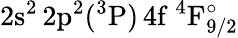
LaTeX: \mathrm{2s^{2}\, 2p^{2}(^{3}P)\, 4f~^{4}F_{9/2}^{\circ}}